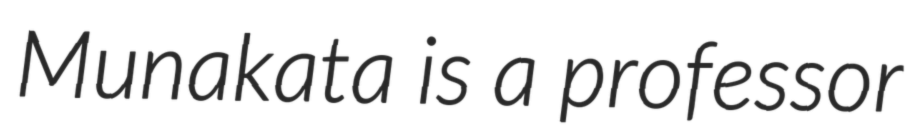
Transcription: Munakata is a professor